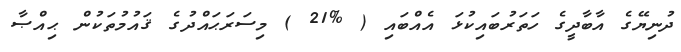
ދުނިޔޭގެ އާބާދީގެ ހަތަރުބައިކުޅަ އެއްބައި ( %21 ) މިސަރަޙައްދުގެ ޤައުމުތަކުން ޙިއްޞާ